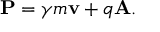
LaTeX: \mathbf { P } = \gamma m \mathbf { \mathbf { v } } + q \mathbf { A } .